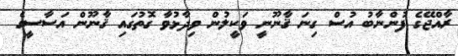
ރާއްޖޭގެ ފުންނާބު އުސް ގިނަ ޤާނޫނީ ވަކީލުން ވިދާޅުވާ ގޮތުގައި ޤާނޫން އަސާސީގެ